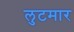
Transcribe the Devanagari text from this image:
लुटमार